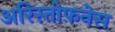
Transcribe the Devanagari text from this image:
अरिस्तोफ़नेस